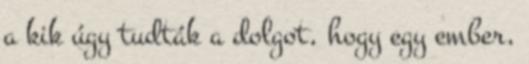
a kik úgy tudták a dolgot, hogy egy ember,